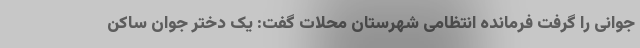
جوانی را گرفت فرمانده انتظامی شهرستان محلات گفت: یک دختر جوان ساکن